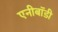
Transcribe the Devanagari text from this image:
एनीबॉडी